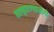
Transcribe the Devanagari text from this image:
वल्हवण्याजोगी